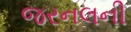
જરનલની